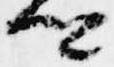
卿